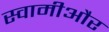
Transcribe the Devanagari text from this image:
स्वामीऔर